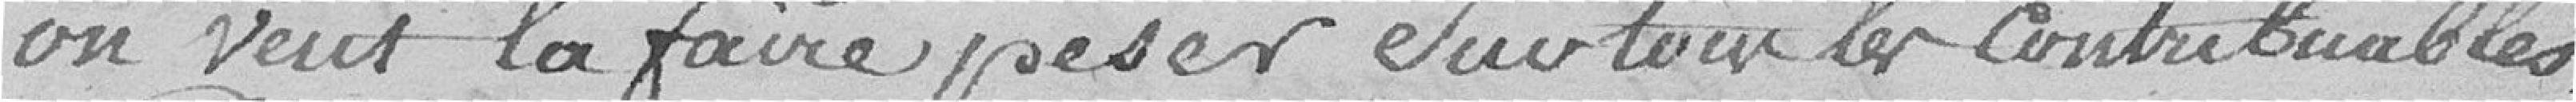
on veut la faire peser sur tout les contribuables.